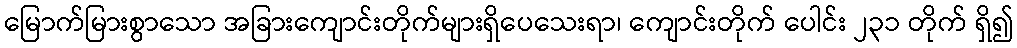
မြောက်မြားစွာသော အခြားကျောင်းတိုက်များရှိပေသေးရာ၊ ကျောင်းတိုက် ပေါင်း ၂၃၁ တိုက် ရှိ၍